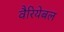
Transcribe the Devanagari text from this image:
वैरियेबल